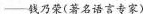
——”钱乃荣(著名语言专家)